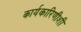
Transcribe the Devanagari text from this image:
कार्यकारिणीशी